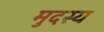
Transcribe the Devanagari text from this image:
मुदस्य